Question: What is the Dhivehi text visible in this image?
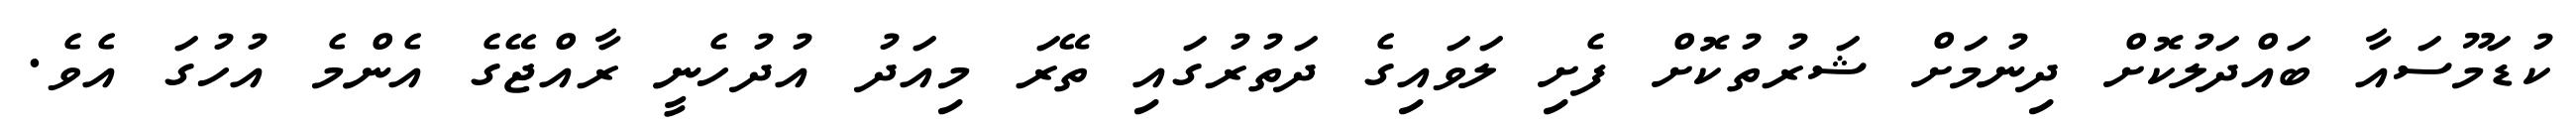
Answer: ކުޑަމޫސައާ ބައްދަލުކޮށް ދިނުމަށް ޝަރުތުކޮށް ފެށި ލަވައިގެ ދަތުރުގައި ތޭރަ މިއަދު އުދުހެނީ ރާއްޖޭގެ އެންމެ އުހުގަ އެވެ.